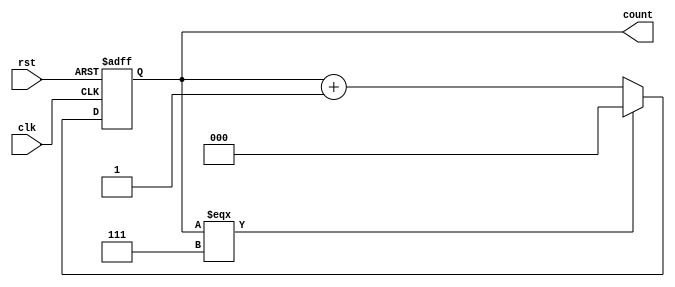
module async_up_counter (
  input wire clk,         // Clock input
  input wire rst,         // Reset input (active low)
  output wire [2:0] count // 3-bit counter output
);

  reg [2:0] count_reg;    // 3-bit counter register

  always @(posedge clk or negedge rst) begin
    if (!rst) begin
      count_reg <= 3'b000; // Reset the counter to 0
    end else begin
      if (count_reg === 3'b111) begin
        count_reg <= 3'b000; // Wrap around to 0 after reaching 7
      end else begin
        count_reg <= count_reg + 1; // Increment the counter
      end
    end
  end

  assign count = count_reg; // Output is the counter register value

endmodule